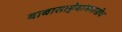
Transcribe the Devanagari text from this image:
बाबासाहेबांसारखेच